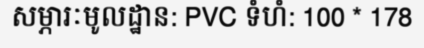
សម្ភារៈមូលដ្ឋាន: PVC ទំហំ: 100 * 178